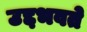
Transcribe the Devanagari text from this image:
उद्दभवते